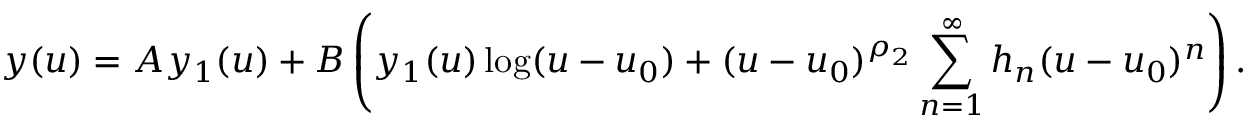
y ( u ) = A y _ { 1 } ( u ) + B \left( y _ { 1 } ( u ) \log ( u - u _ { 0 } ) + ( u - u _ { 0 } ) ^ { \rho _ { 2 } } \sum _ { n = 1 } ^ { \infty } h _ { n } ( u - u _ { 0 } ) ^ { n } \right) .